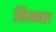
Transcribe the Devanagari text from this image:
निम्न्बल